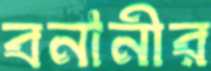
বনানীর